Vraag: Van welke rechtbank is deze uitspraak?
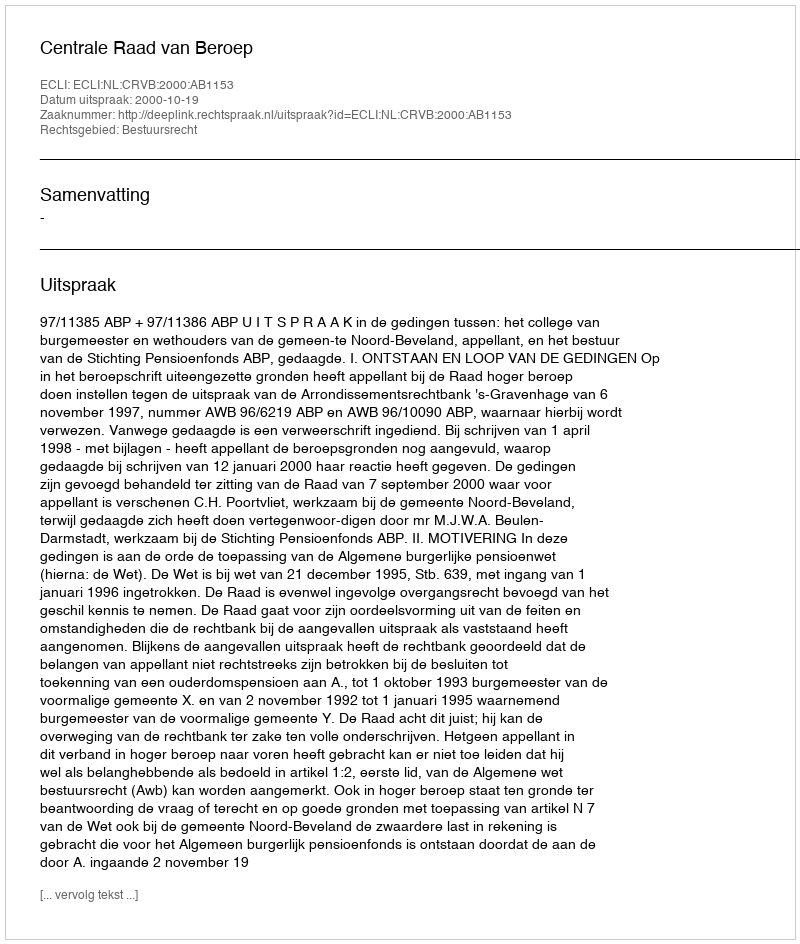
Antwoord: Centrale Raad van Beroep